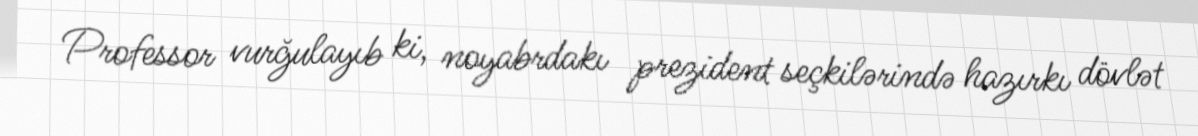
Professor vurğulayıb ki, noyabrdakı prezident seçkilərində hazırkı dövlət